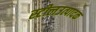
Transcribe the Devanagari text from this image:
स्टीलउत्पादक